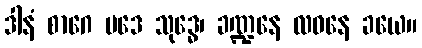
ဒါနံ စာဂေ မဒေ သုဒ္ဓေ၊ ခဏ္ဍနေ လဝနေ ခယေ။